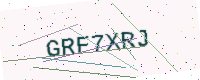
Text: GRF7XRJ